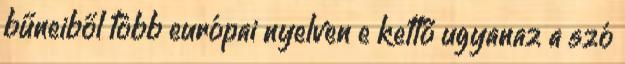
bűneiből több európai nyelven e kettő ugyanaz a szó